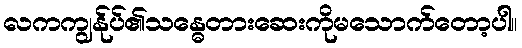
လကကျွန်ုပ်၏သန္ဓေတားဆေးကိုမသောက်တော့ပါ။